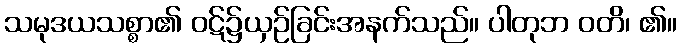
သမုဒယသစ္စာ၏ ဝဋ်၌ယှဉ်ခြင်းအနက်သည်။ ပါတုဘ ဝတိ၊ ၏။